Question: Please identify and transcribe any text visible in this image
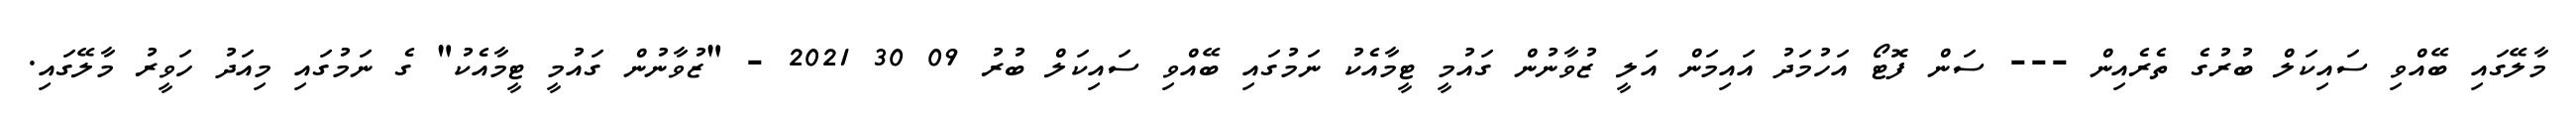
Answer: މާލޭގައި ބޭއްވި ސައިކަލް ބުރުގެ ތެރެއިން --- ސަން ފޮޓޯ އަހުމަދު އައިމަން އަލީ ޒުވާނުން ގައުމީ ޓީމާއެކު ނަމުގައި ބޭއްވި ސައިކަލް ބުރު 09 30 2021 - "ޒުވާނުން ގައުމީ ޓީމާއެކު" ގެ ނަމުގައި މިއަދު ހަވީރު މާލޭގައި.